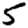
Digit: 5